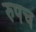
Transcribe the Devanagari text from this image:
रुपच